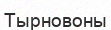
Тырновоны